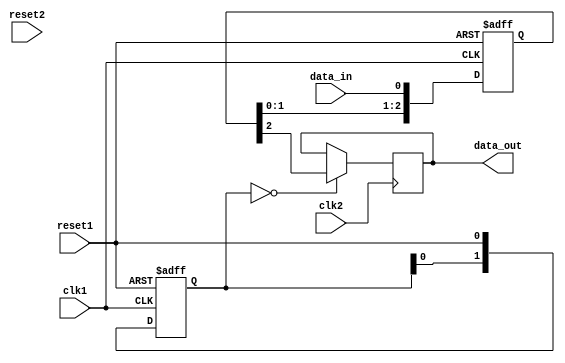
module timing_control_and_synchronization (
    input wire clk1,          // Clock signal from domain 1
    input wire reset1,        // Reset signal from domain 1
    input wire clk2,          // Clock signal from domain 2
    input wire reset2,        // Reset signal from domain 2
    input wire data_in,       // Input data signal to be synchronized
    
    output reg data_out       // Output synchronized data signal
);

reg [2:0] sync_reg;          // Shift register to synchronize data
reg [1:0] sync_reset_reg;    // Shift register to synchronize reset signals

always @(posedge clk1 or posedge reset1) begin
    if (reset1) begin
        sync_reset_reg <= 2'b11;    // Reset synchronization
        sync_reg <= 3'b000;         // Data synchronization
    end else begin
        sync_reset_reg <= {sync_reset_reg[0], reset1};    // Shift in reset signal
        sync_reg <= {sync_reg[1:0], data_in};             // Shift in data signal
    end
end

always @(posedge clk2) begin
    if (sync_reset_reg == 2'b00) begin
        data_out <= sync_reg[2];    // Output synchronized data
    end
end

endmodule